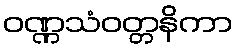
ဝဏ္ဏသံဝတ္တနိကာ